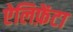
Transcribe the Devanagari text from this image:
ऐलिफ़ेंटा